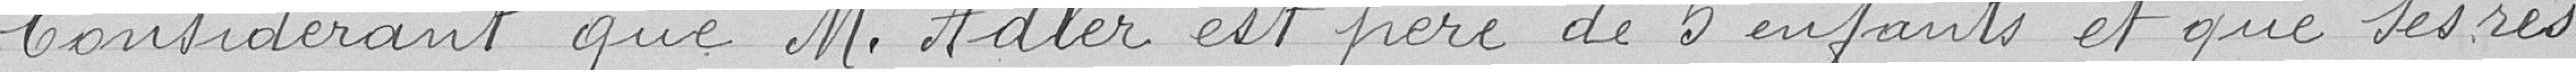
Considérant que M.Adler est père de 5 enfants et que ses res=